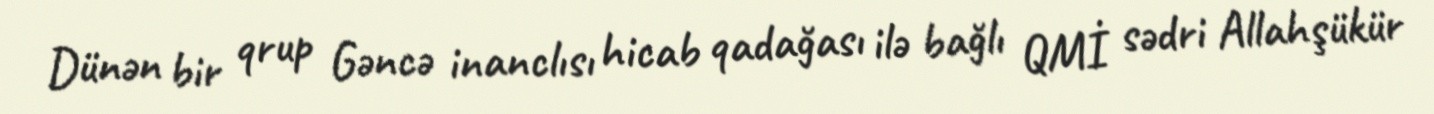
Dünən bir qrup Gəncə inanclısı hicab qadağası ilə bağlı QMİ sədri Allahşükür